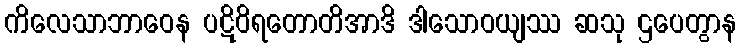
ကိလေသာဘာဝေန ပဋိဝိရတောတိအာဒိ ဒါသောဝယျဿ ဆသု ဌပေတွာန